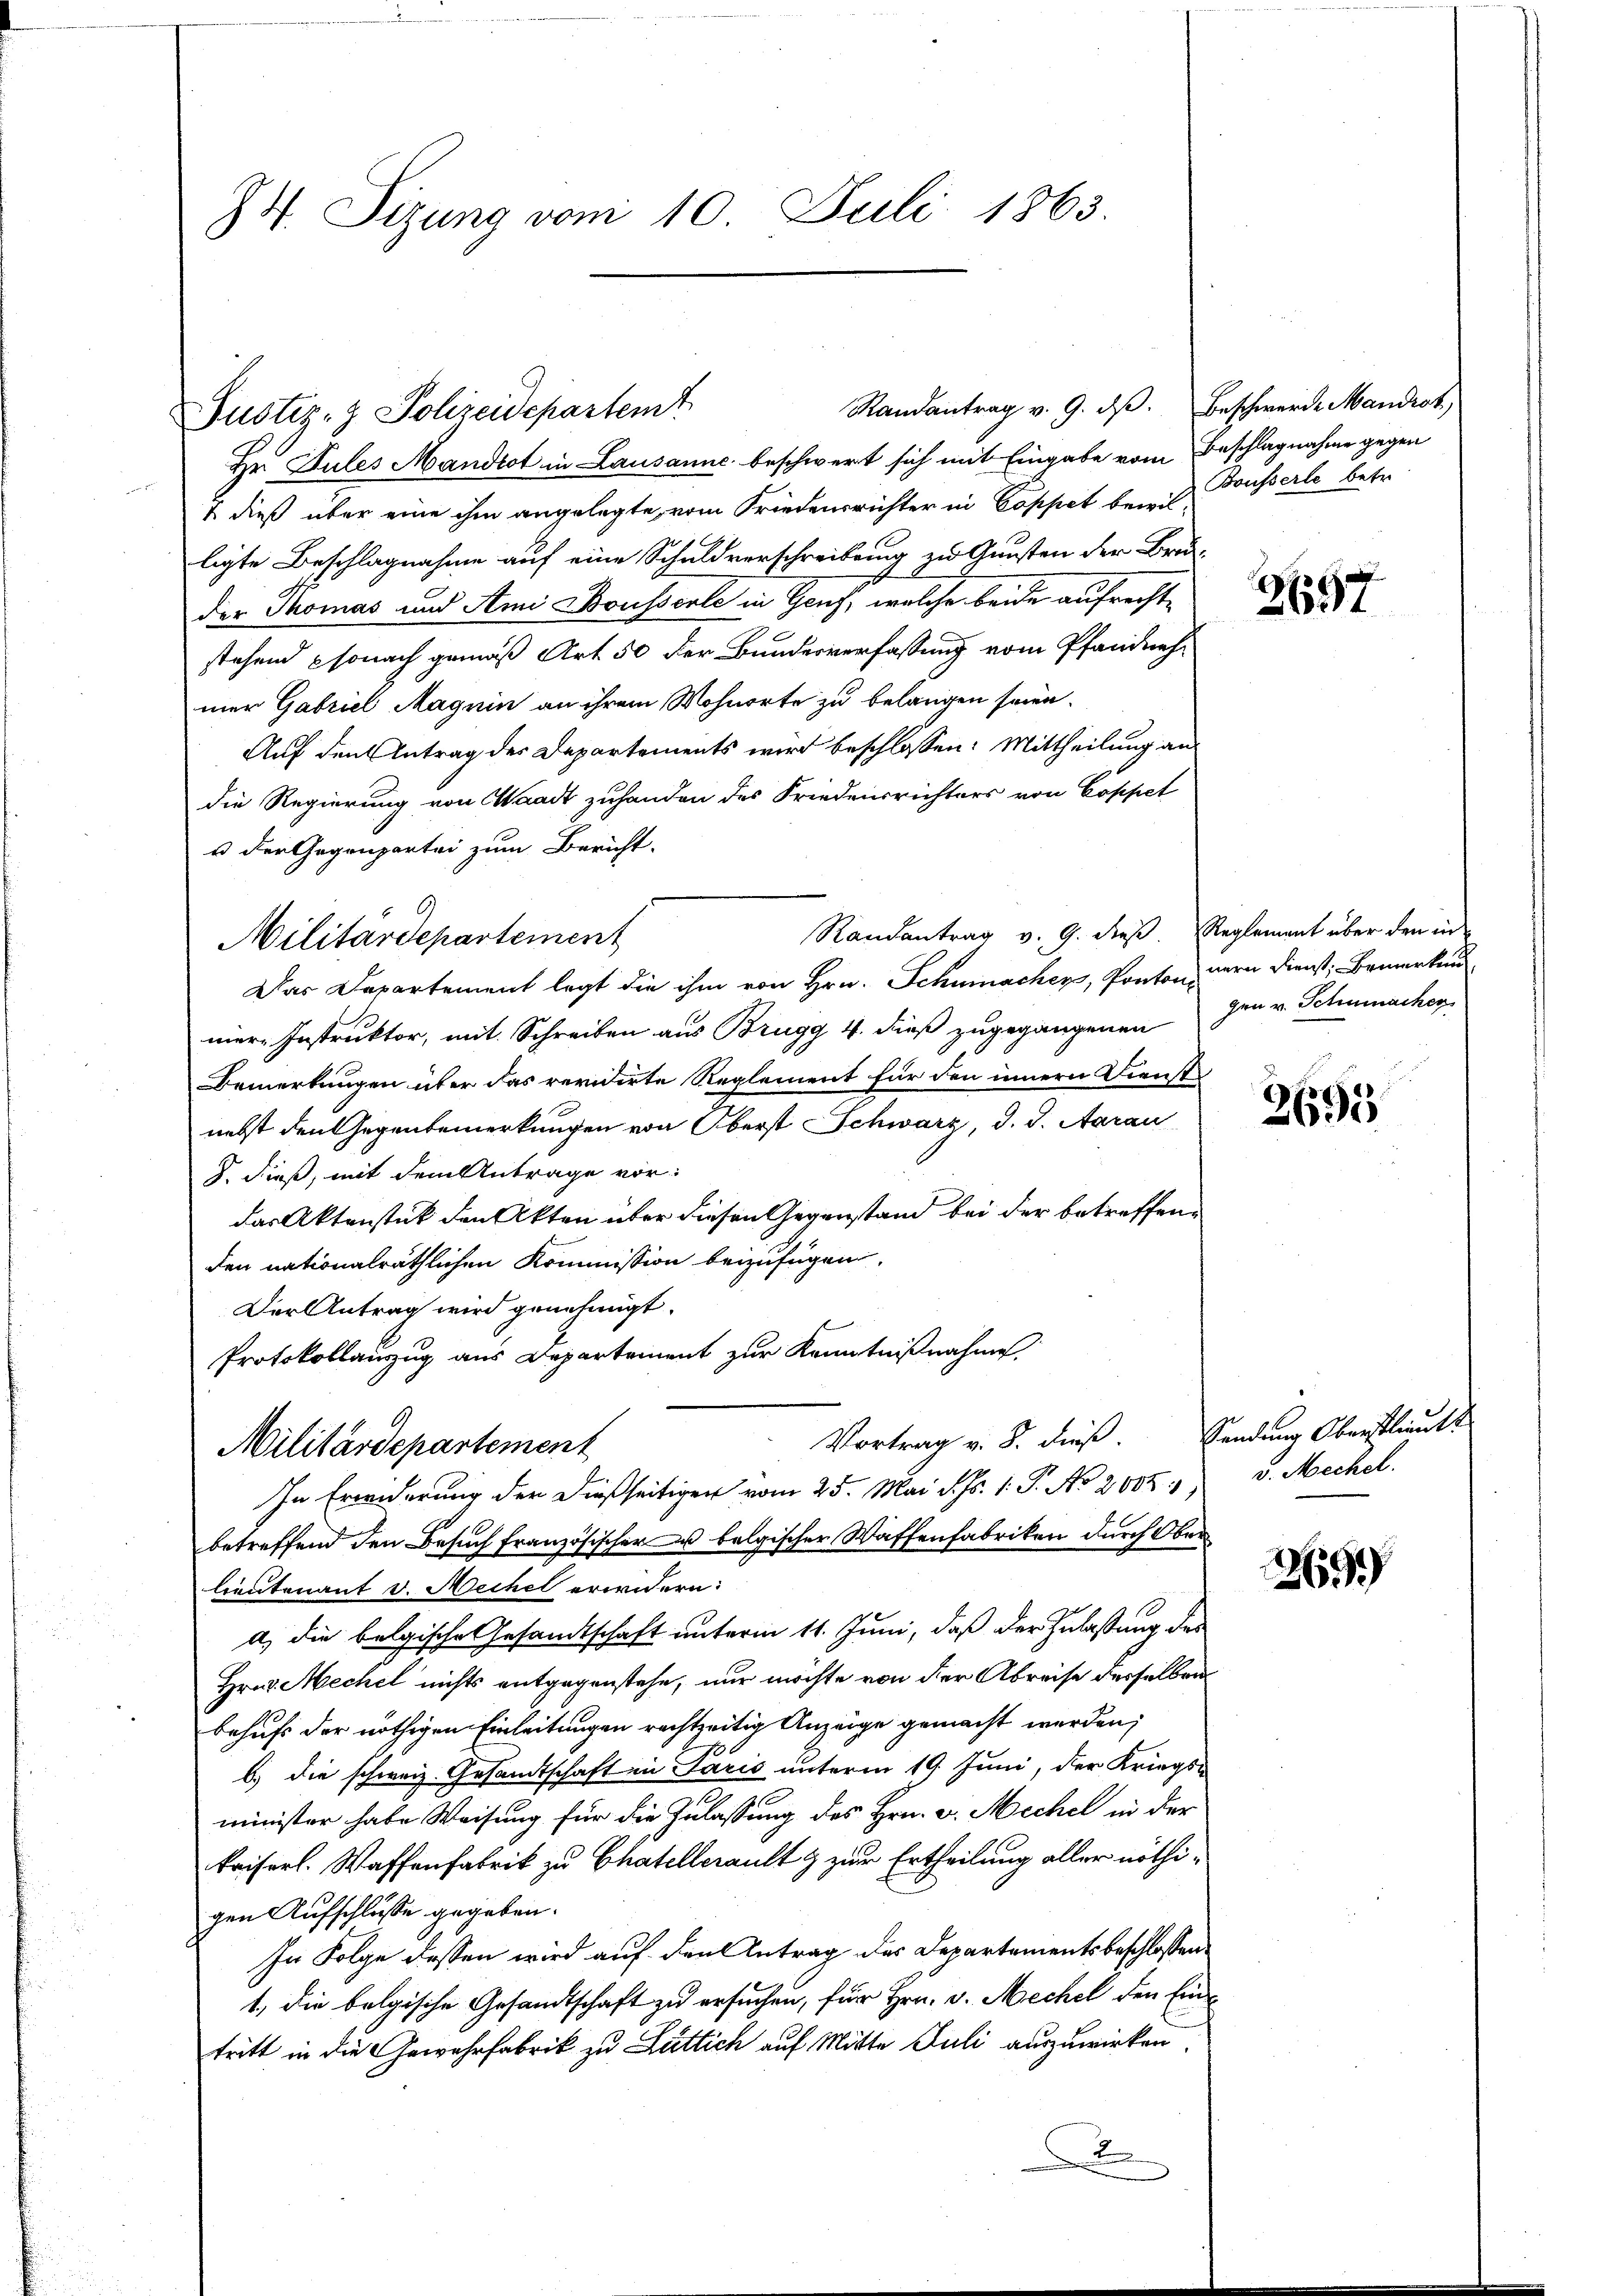
74. Sitzung vom 10. Juli 1863.

Randantrag v. 9. dβ. Beschwerde Mandrot,
Justiz- & Polizeidepartemt

9
Militärdepartement

Hr. Sules Mandot in Lausanne beschwert sich mit Eingabe vom Beschlagnahme gegen
1 dieß über eine ihm angelegte, vom Friedensrichter in Coppet bei u. Tousserle betr.
ligte Beschlagnahme auf eine Schuldverschreibung zu Gunsten der Bru-
der Thomas und Ami Bousserle in Genf, welche beide aufrechte
stehend sonach gemäß Art. 50 der Bundesverfassung vom Pfandnehmer Gabriel Magnin an ihrem Wohnorte zu belangen seien.
Auf den Antrag der Departements wird beschlossen: Mittheilung an
die Regierung von Waadt zuhanden des Friedensrichters von Coppet
u der Gegenpartei zum Bericht.
Randantrag v. 9. dieβ. Reglement über den in
Das Departement legt die ihm von Hrn. Schumacher, Pontonen Dienst, Bemerken
niere Instruktor, mit Schreiben aus Brugg 4. dieß zugegangenen
Bemerkungen über das revidirte Reglement für den innern Dienste
nebst den Gegenbemerkungen von Oberst Schwarz, d. d. Aarau
J. dieß, mit dem Antrage vor:
das Aktenstück den Akten über diesen Gegenstand bei der betreffenden nationalräthlichen Kommission beizufügen.
Der Antrag wird genehmigt.
Protokollauszug aus Departement zur Kenntnißnahme
Vortrag v. 8. dieß. Sendung Oberstlieutt
Militärdepartement
In Erwiderung der dießseitigen vom 25. Mai d. Js. 1. P. No. 2005. v. Mechel.
betreffend den Besuch französischer u belgischer Waffenfabriken durch Ober
lieutenant v. Mechel erwidern:
a, die belgische Gesandtschaft unterm 11. Juni, daß der Zulassung des
Hrn. Mechel nichts entgegenstehe, nur möchte von der Abreise desselben
behufs der nöthigen Einleitungen rechtzeitig Anzeige gemacht werden,
b.) die schweiz. Gesandtschaft in Paris unterm 19. Juni, der Kriegs-
minister habe Weisung für die Zulassung des Hrn. v. Mechel in der
kaiserl. Waffenfabrik zu Chatellerault & zur Ertheilung aller nöthigen Aufschlüsse gegeben.
In Folge dessen wird auf den Antrag des Departementsbeschlossen
1., die belgische Gesandtschaft zu ersuchen, für Hrn. v. Mechel den Ein
tritt in die Gewehrfabrik zu Luttich auf Mitte Juli auszuwirken.
2

3657

gen v. Schumachen

2693

269